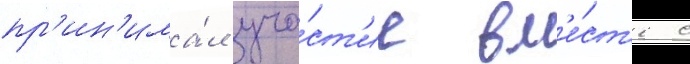
пр'ин'има́л уча́ст'ие вм'е́ст'е с